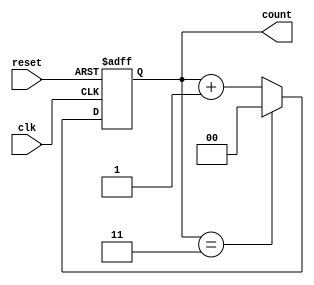
module mod_n_counter #(parameter N = 4) (
    input wire clk,         // Clock input
    input wire reset,       // Asynchronous reset
    output reg [k-1:0] count // Output count
);
    // Calculate number of flip-flops needed
    localparam k = $clog2(N); // Minimum number of flip-flops needed

    // Asynchronous reset and count logic
    always @(posedge clk or posedge reset) begin
        if (reset) begin
            count <= 0; // Reset the count to 0
        end else begin
            if (count == N-1) begin
                count <= 0; // Reset to 0 when reaching N-1
            end else begin
                count <= count + 1; // Increment count
            end
        end
    end
endmodule